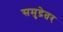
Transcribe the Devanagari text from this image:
समुद्रेतर